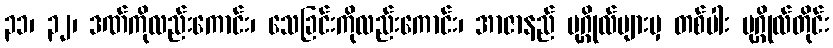
၃၁၊ ၃၂၊ ဒဏ်ကိုလည်းကောင်း၊ သေခြင်းကိုလည်းကောင်း၊ အာဇာနည် ပုဂ္ဂိုလ်များမှ တစ်ပါး ပုဂ္ဂိုလ်တိုင်း